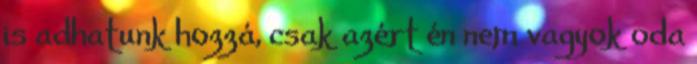
is adhatunk hozzá, csak azért én nem vagyok oda